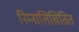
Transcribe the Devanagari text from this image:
निम्नालिखितित